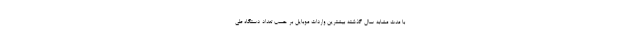
با مدت مشابه سال گذشته بیشترین واردات موبایل بر حسب تعداد دستگاه طی